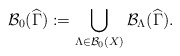
\begin{align*}\mathcal{B}_{0}(\widehat{\Gamma }):=\bigcup_{\Lambda \in \mathcal{B}_{0}(X)}\mathcal{B}_{\Lambda }(\widehat{\Gamma }). \end{align*}